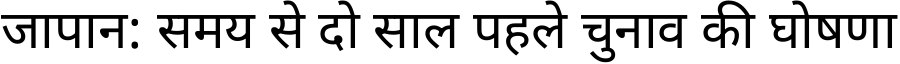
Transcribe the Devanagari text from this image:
जापान: समय से दो साल पहले चुनाव की घोषणा